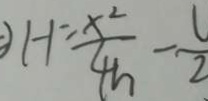
H = \frac { x ^ { 2 } } { 4 h } - \frac { 1 } { 2 }